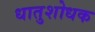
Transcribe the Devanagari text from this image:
धातुशोधक